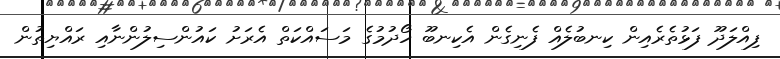
ފިއްލަދޫ ފަޅުތެރެއިން ކިނބުލެއް ފެނިގެން އެކިނބޫ ހޯދުމުގެ މަސައްކަތް އެރަށު ކައުންސިލުންނާއި ރައްޔިތުން